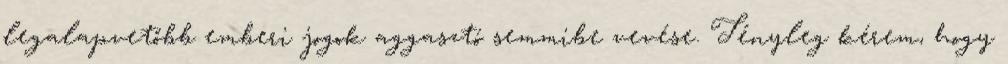
legalapvetőbb emberi jogok aggasztó semmibe vevése. Tényleg kérem, hogy